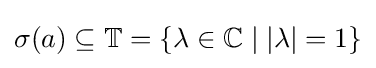
\sigma (a)\subseteq \mathbb {T} =\{\lambda \in \mathbb {C} \mid |\lambda |=1\}